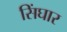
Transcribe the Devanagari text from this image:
सिंघार